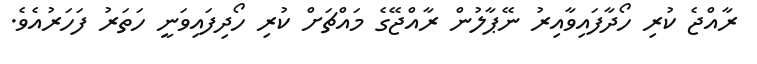
ރާއްޖެ ކުރި ހޯދާފައިވާއިރު ނޭޕާލުން ރާއްޖޭގެ މައްޗަށް ކުރި ހޯދިފައިވަނީ ހަތަރު ފަހަރުއެވެ.